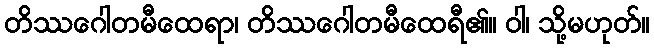
တိဿဂေါတမီထေရာ၊ တိဿဂေါတမီထေရီ၏။ ဝါ၊ သို့မဟုတ်။